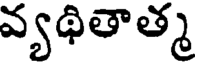
వ్యథితాత్మ